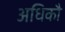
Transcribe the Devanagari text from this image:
अधिकौ